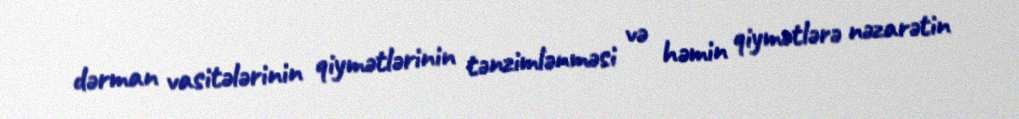
dərman vasitələrinin qiymətlərinin tənzimlənməsi və həmin qiymətlərə nəzarətin